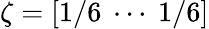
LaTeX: \zeta=[1/6~\cdots~1/6]